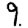
Digit: 9